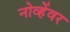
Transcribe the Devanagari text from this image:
नोव्हेंवर